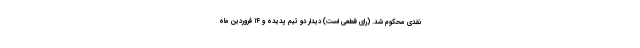
نقدی محکوم شد. (رای قطعی است) دیدار دو تیم پدیده و ۱۴ فروردین ماه